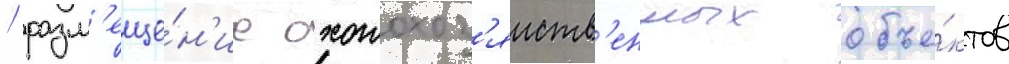
/ разм'еще́н'ие охотохоз'яиств'енных объе́ктов